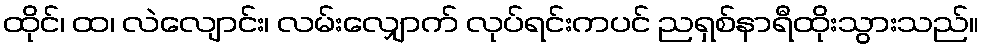
ထိုင်၊ ထ၊ လဲလျောင်း၊ လမ်းလျှောက် လုပ်ရင်းကပင် ညရှစ်နာရီထိုးသွားသည်။